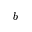
b